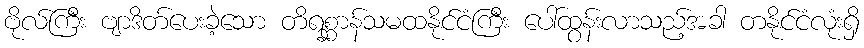
ဗိုလ်ကြီး ဗျာဒိတ်ပေးခဲ့သော တိရစ္ဆာန်သမထနိုင်ငံကြီး ပေါ်ထွန်းလာသည့်အခါ တနိုင်ငံလုံးရှိ